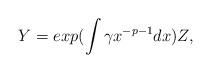
LaTeX: \begin{align*} Y = exp ( \int \gamma x^{-p-1} dx) Z, \end{align*}